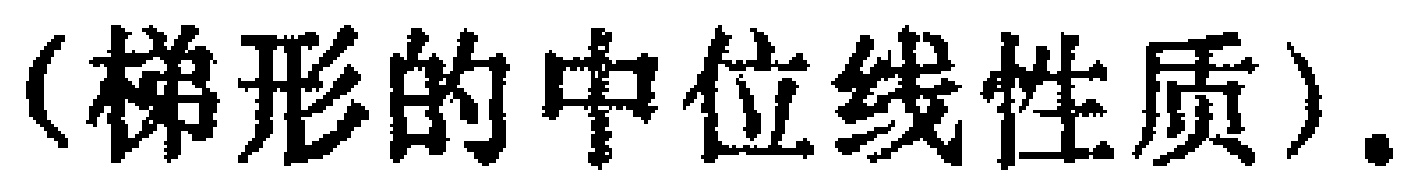
（梯形的中位线性质）.